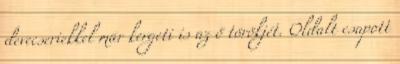
devecseriekkel már kergeti is az ő törökjét. Oldalt csapott